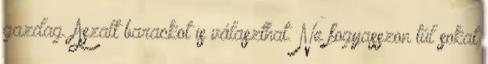
gazdag. Aszalt barackot is választhat. Ne fogyasszon túl sokat